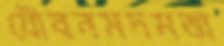
যৌবনমদমত্তা